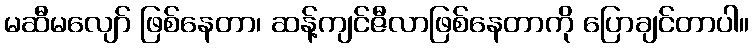
မဆီမလျော် ဖြစ်နေတာ၊ ဆန့်ကျင်ဇီလာဖြစ်နေတာကို ပြောချင်တာပါ။